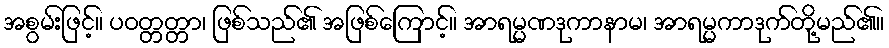
အစွမ်းဖြင့်။ ပဝတ္တတ္တာ၊ ဖြစ်သည်၏ အဖြစ်ကြောင့်။ အာရမ္မဏဒုကာနာမ၊ အာရမ္မကာဒုက်တို့မည်၏။